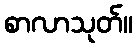
စာလာသုတ်။